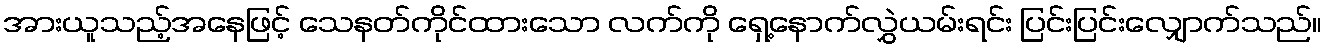
အားယူသည့်အနေဖြင့် သေနတ်ကိုင်ထားသော လက်ကို ရှေ့နောက်လွှဲယမ်းရင်း ပြင်းပြင်းလျှောက်သည်။